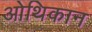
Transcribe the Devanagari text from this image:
ओथिकान